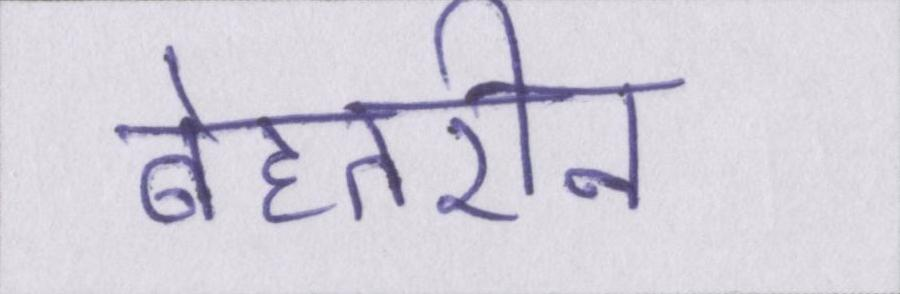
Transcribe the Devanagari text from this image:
बेहतरीन